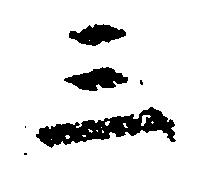
三